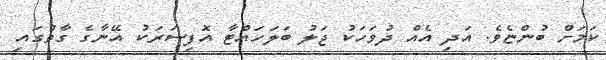
ކަމަށް ބުންޏެވެ. އަދި އެއް ދުވަހަކު ޖަލު ބަލަހައްޓާ އޮފިސަރަކު އޭނާގެ ގާތުގައި